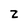
Character: z